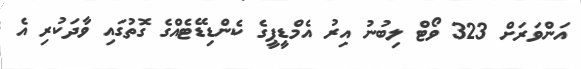
އަންވަރަށް 323 ވޯޓް ލިބުނު އިރު އެމްޑީޕީގެ ކެންޑިޑޭޓެއްގެ ގޮތުގައި ވާދަކުރި އެ